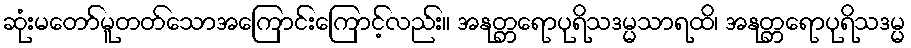
ဆုံးမတော်မူတတ်သောအကြောင်းကြောင့်လည်း။ အနုတ္တရောပုရိသဒမ္မသာရထိ၊ အနုတ္တရောပုရိသဒမ္မ